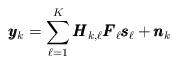
LaTeX: \begin{align*}\pmb{y}_k = \sum\limits_{\ell = 1}^K \pmb{H}_{k,\ell}\pmb{F}_{\ell}\pmb{s}_\ell +\pmb{n}_k\end{align*}